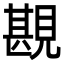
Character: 𧡪